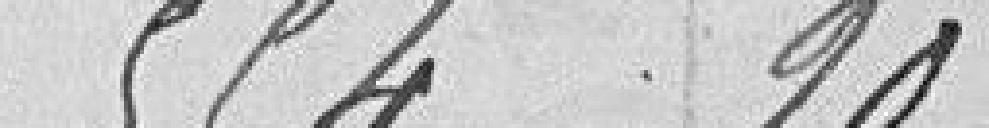
554,90